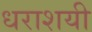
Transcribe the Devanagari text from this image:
धराशयी